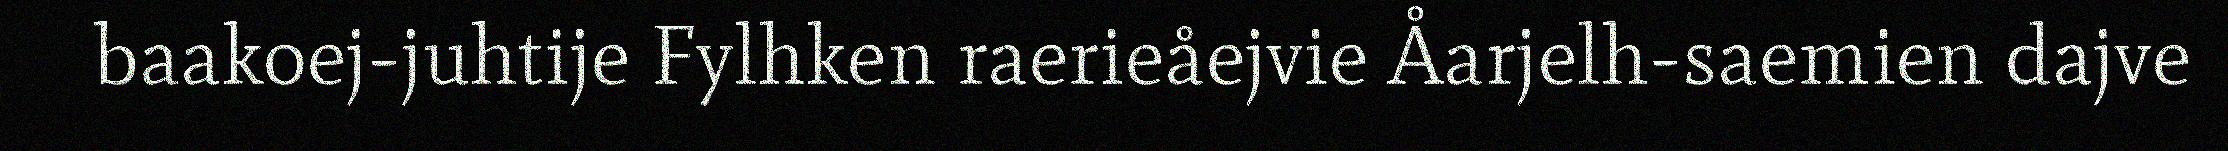
baakoej-juhtije Fylhken raerieåejvie Åarjelh-saemien dajve